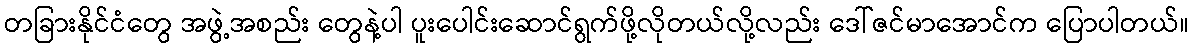
တခြားနိုင်ငံတွေ အဖွဲ့အစည်း တွေနဲ့ပါ ပူးပေါင်းဆောင်ရွက်ဖို့လိုတယ်လို့လည်း ဒေါ်ဇင်မာအောင်က ပြောပါတယ်။